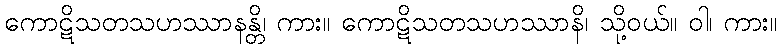
ကောဋိသတသဟဿာနန္တိ၊ ကား။ ကောဋိသတသဟဿာနိ၊ သို့ဝယ်။ ဝါ၊ ကား။